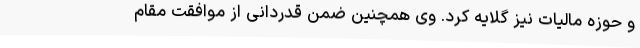
و حوزه مالیات نیز گلایه کرد. وی همچنین ضمن قدردانی از موافقت مقام